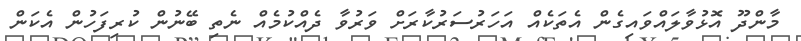
މާންދޫ އޮޅުވާލައްވައިގެން އެތަކެއް އަހަރުސަރުކާރަށް ވަރުވާ ދެއްކުމެއް ނެތި ބޭނުން ކުރިފަހުން އެކަން